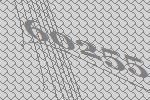
60255